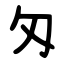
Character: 匁